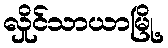
လှိုင်သာယာမြို့